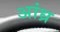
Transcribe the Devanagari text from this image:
अांध्र